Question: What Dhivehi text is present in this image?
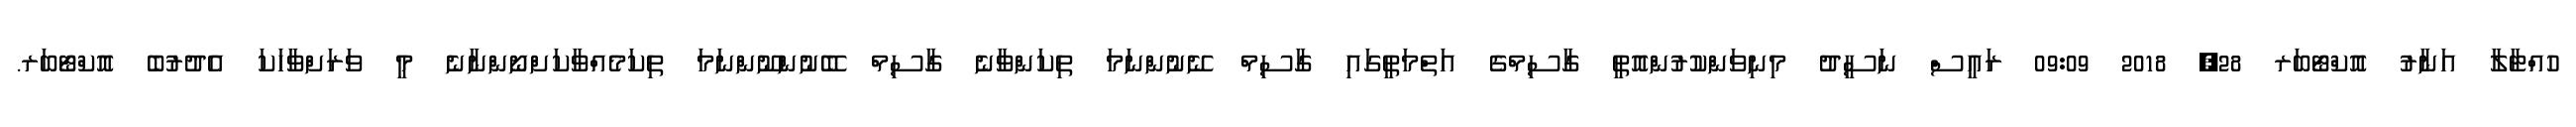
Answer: ހުއްޓާލާ އަނާރު އޮކްޓޯބަރ 28, 2018 09:09 ރައީސް ނަސީދު މިނިވަންކުރުންއޮތީ ގާސިމްގެ އަތްމަތީގައި ގާސިމް ނޭނުންނަމަ ތިކަންވާނެ ގާސިމް ބޭނުންނޫންނަމަ ތިކަމެއްވާކަށްނޯންނާނެ މީ ވަރަށްވާހަކަ އެދުރުބެ އޮކްޓޯބަރ.